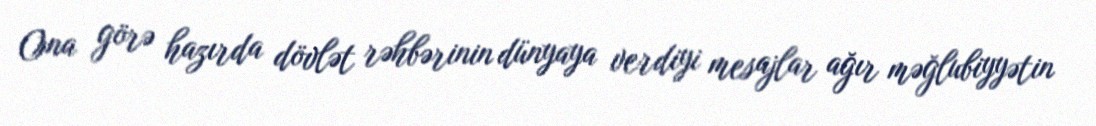
Ona görə hazırda dövlət rəhbərinin dünyaya verdiyi mesajlar ağır məğlubiyyətin